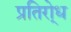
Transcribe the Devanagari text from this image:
प्रतिरो्ध